Bréfritari: Aðalbjartur Bjarnason (Albert Arnason)
Dagsetning: A-1897-01-03
Skrifað á: Vesturheimi

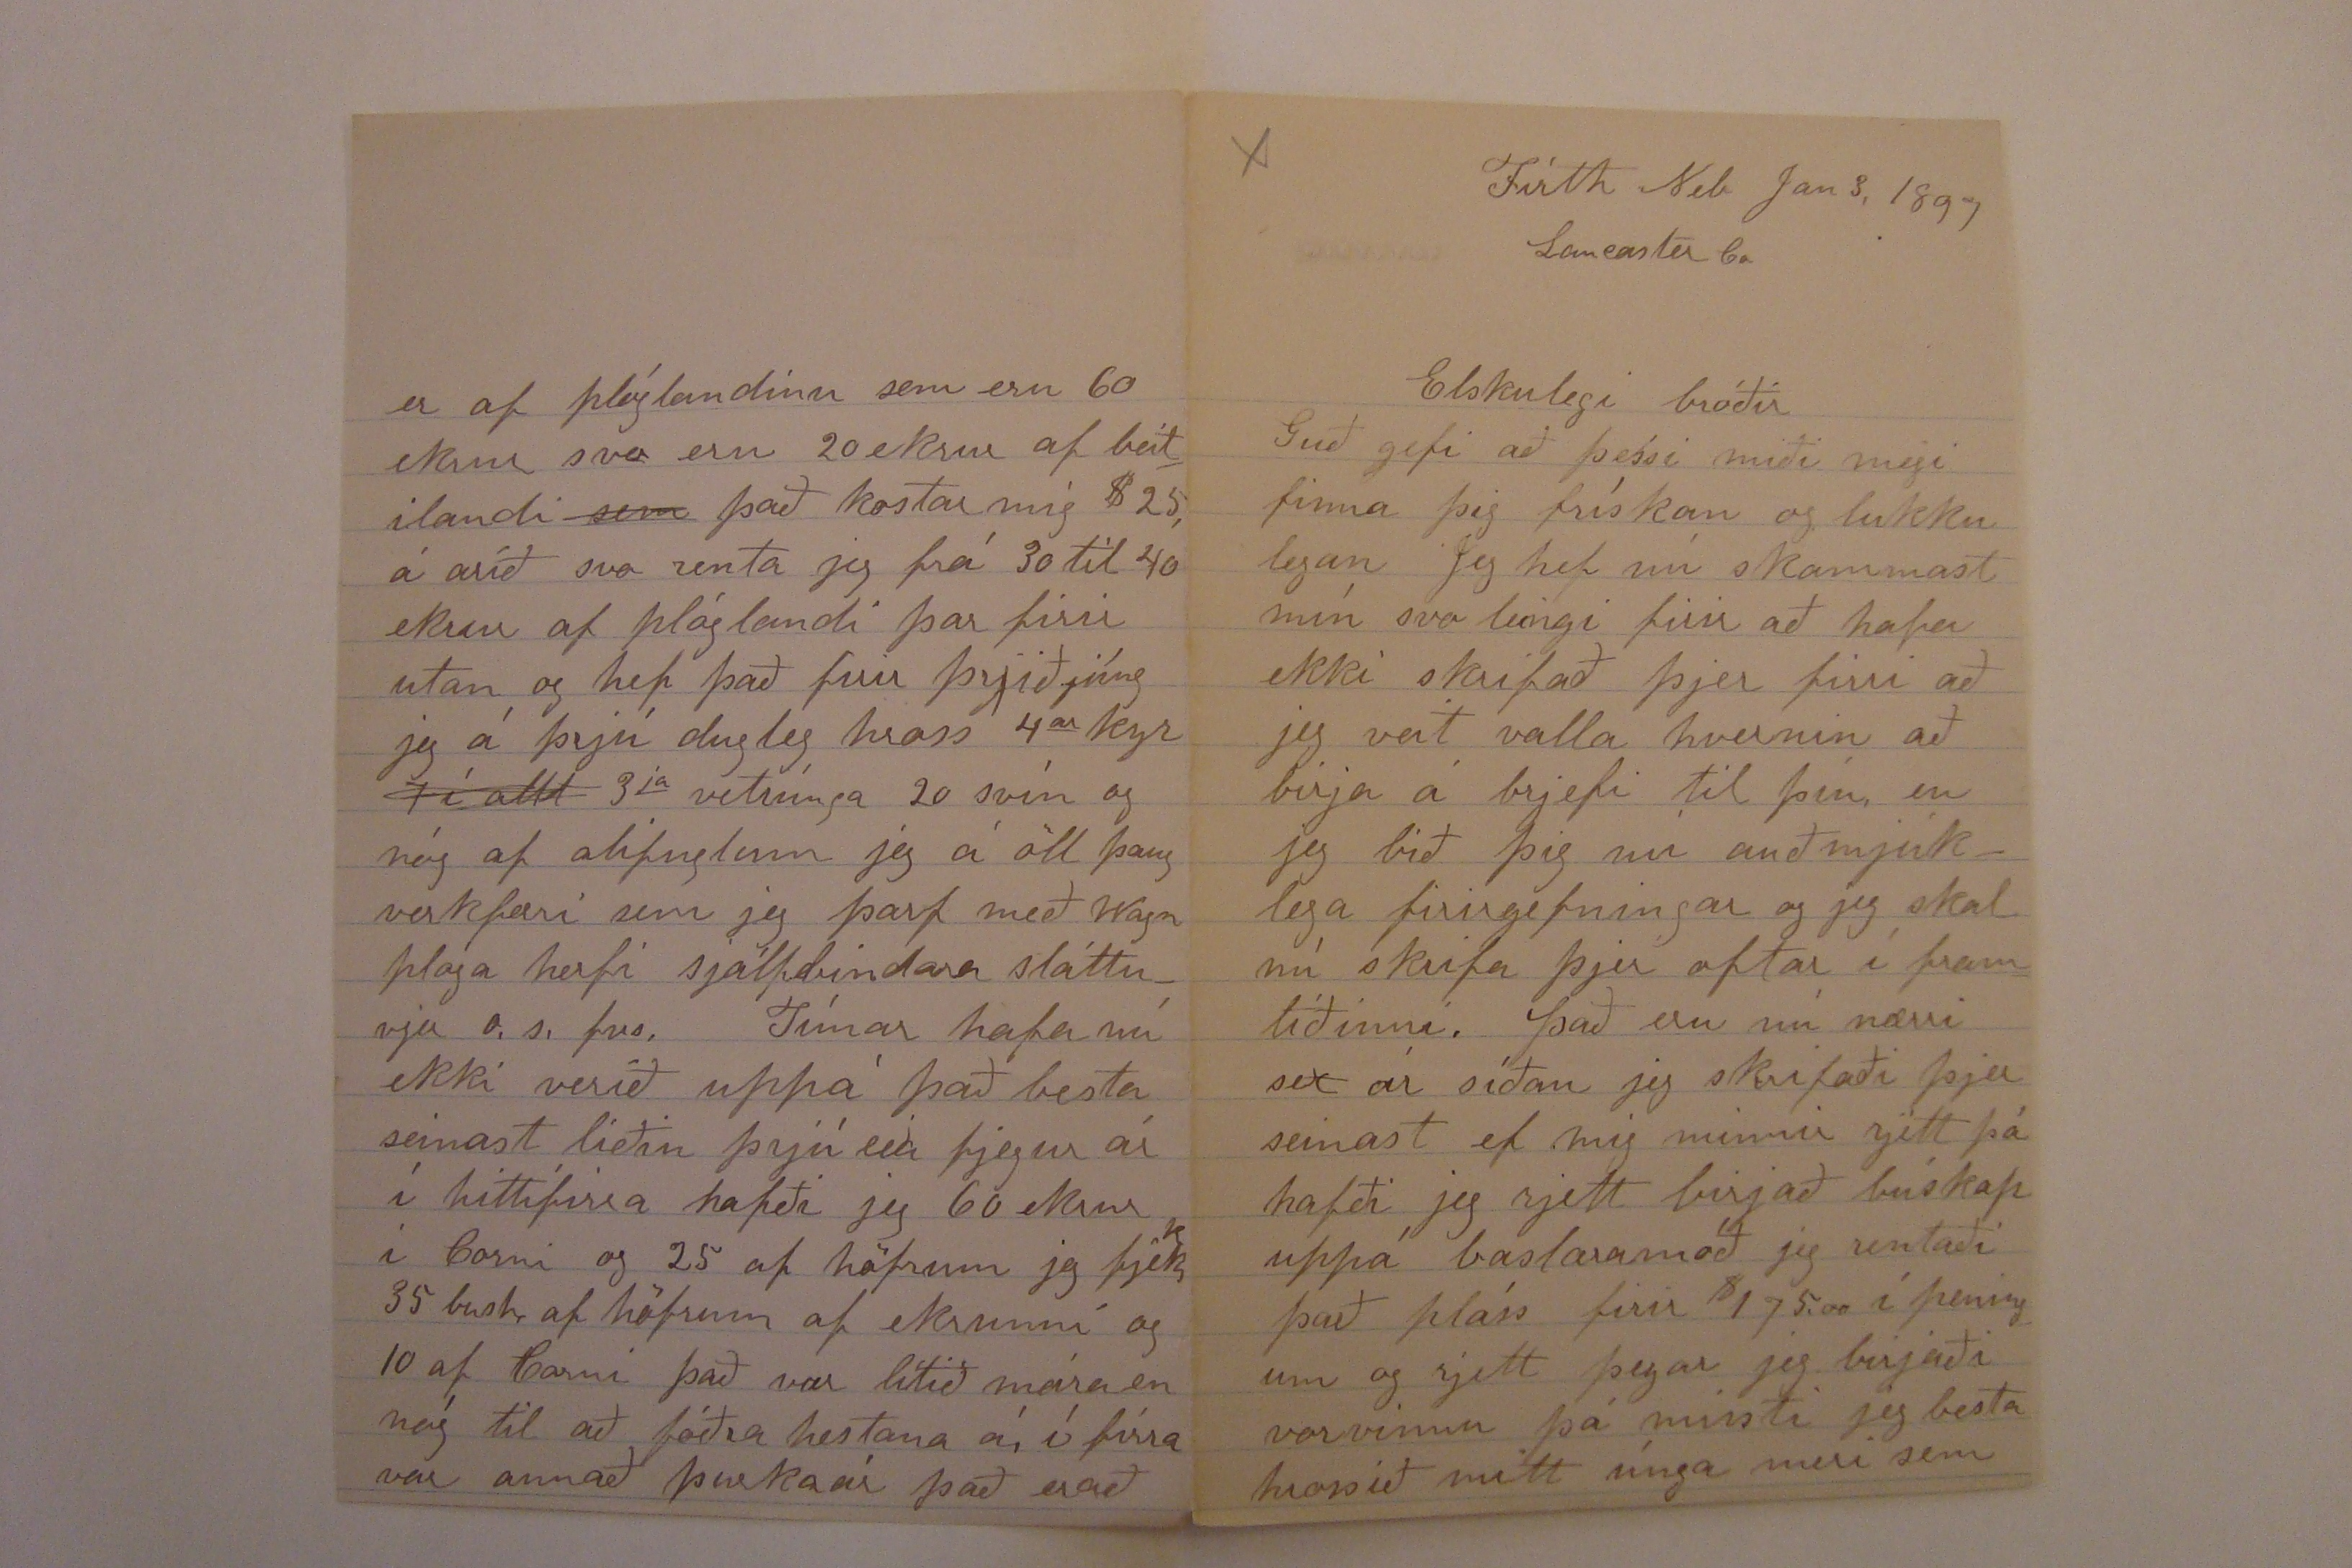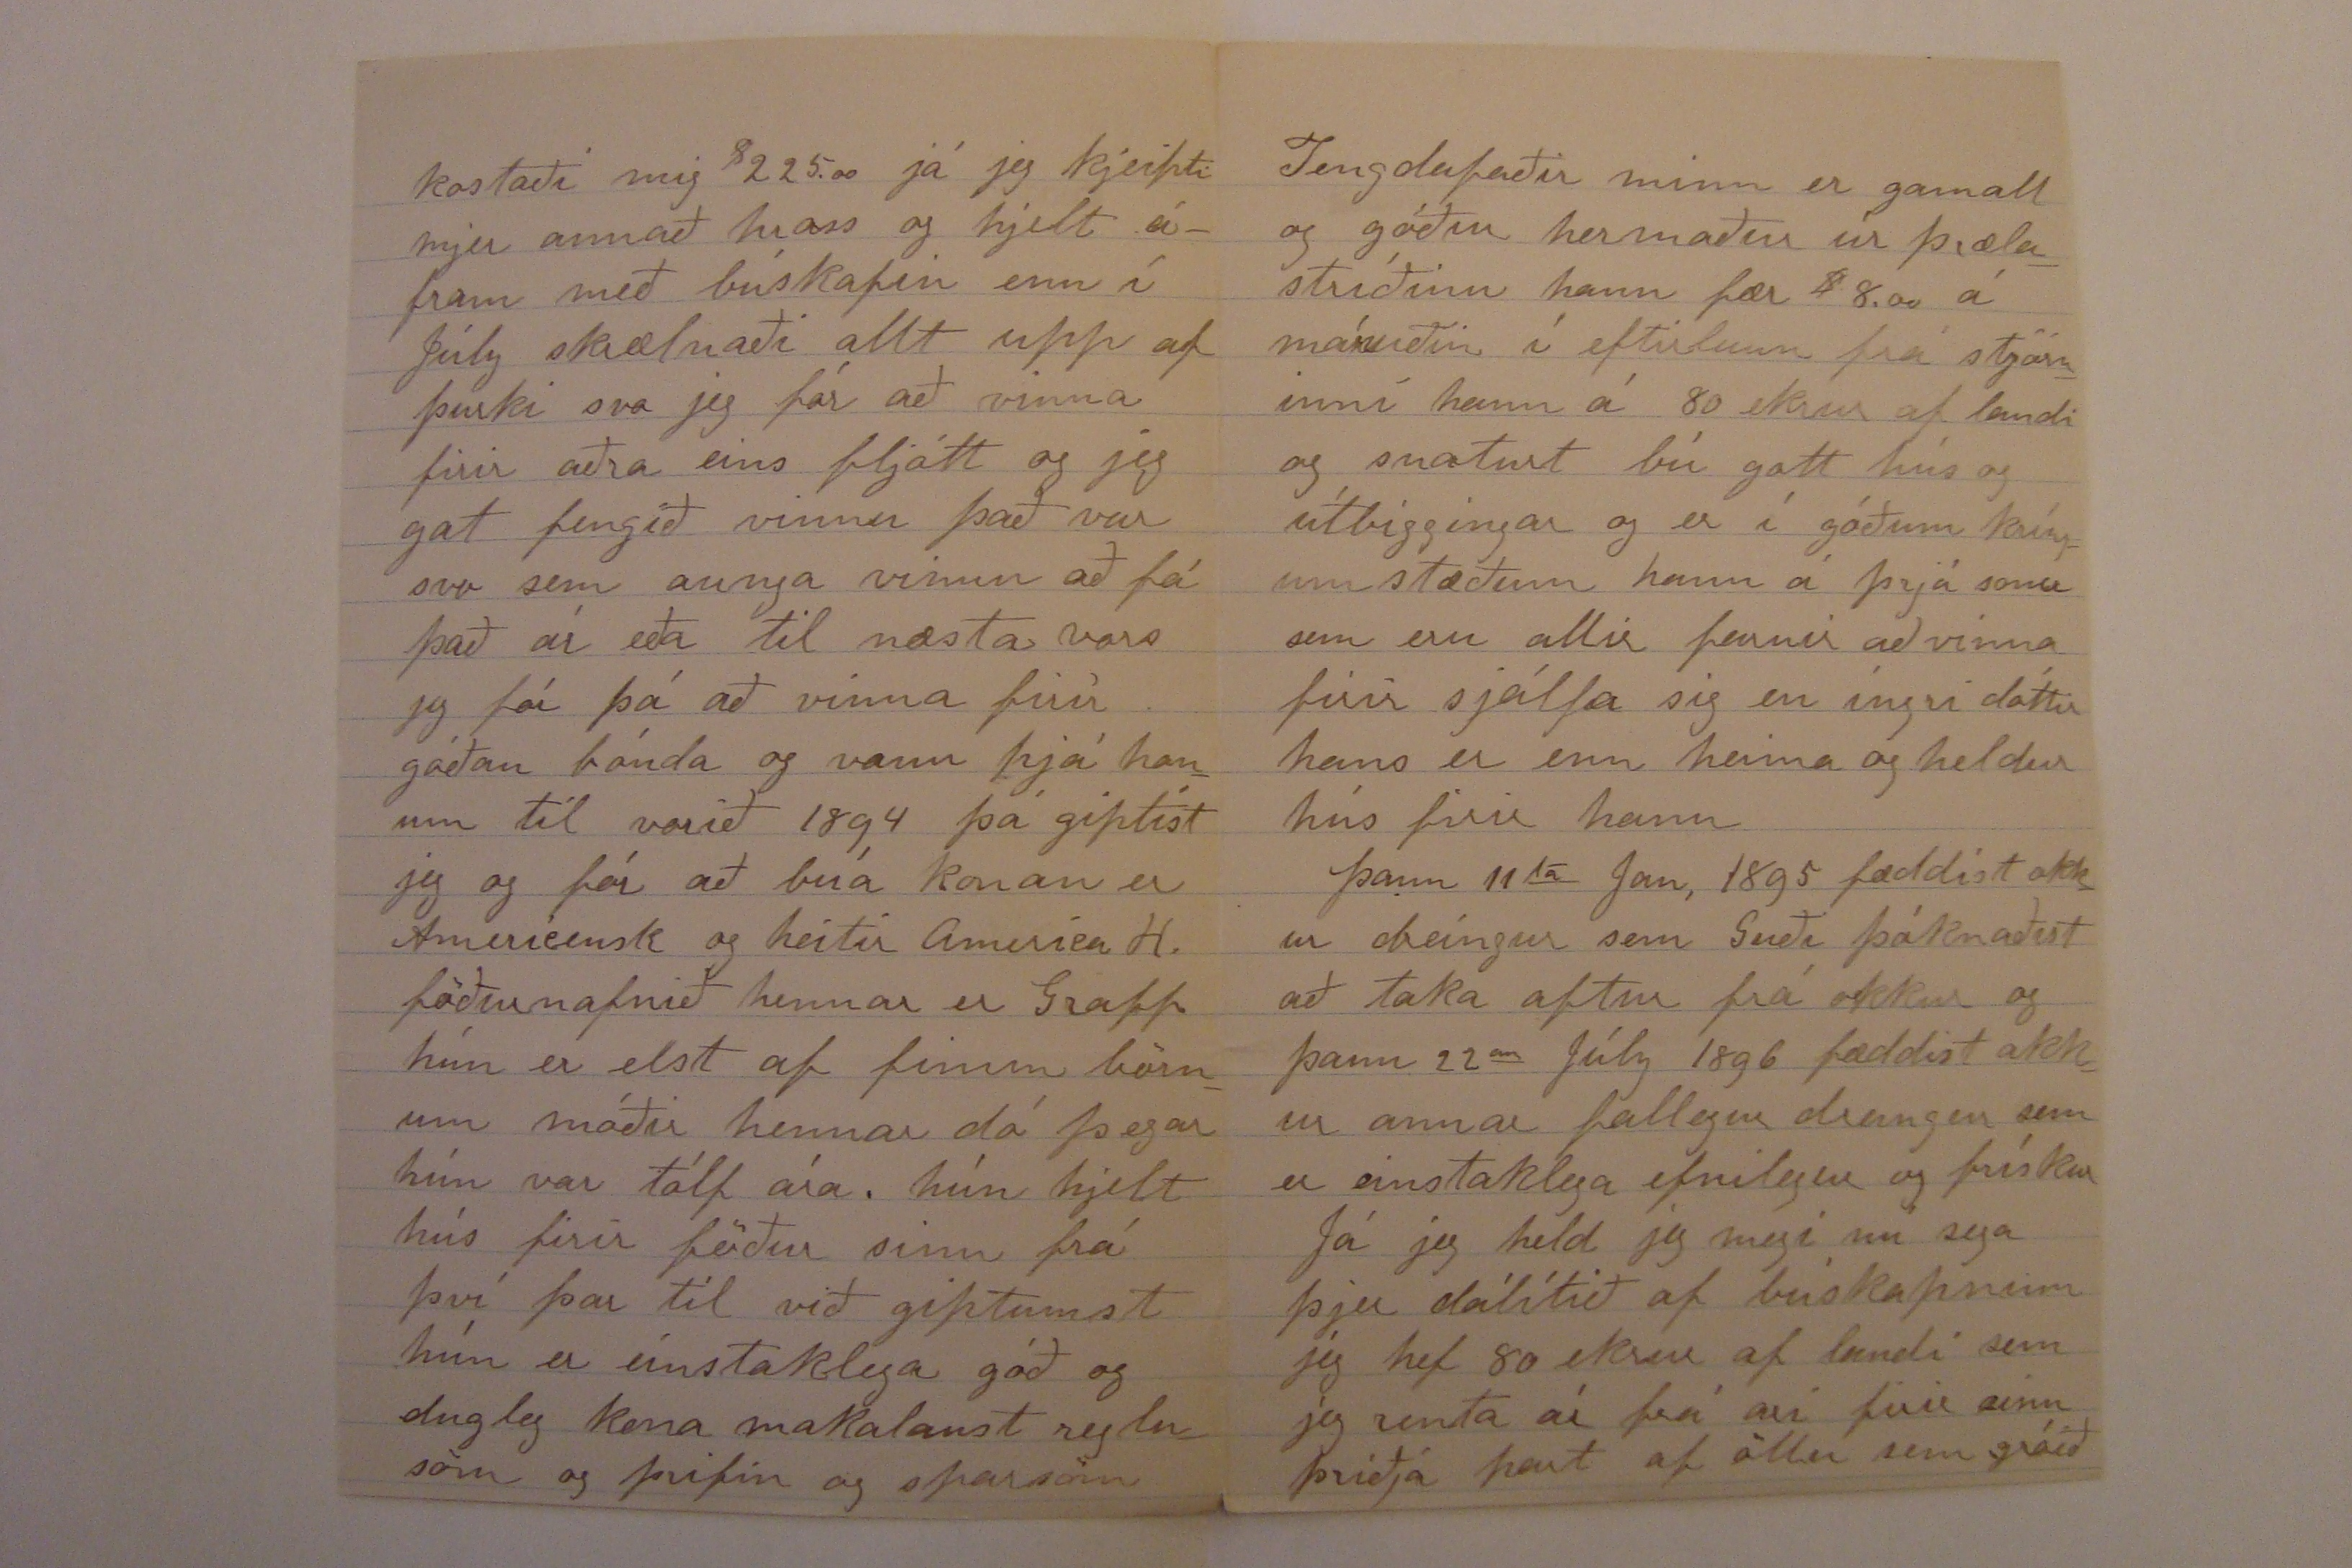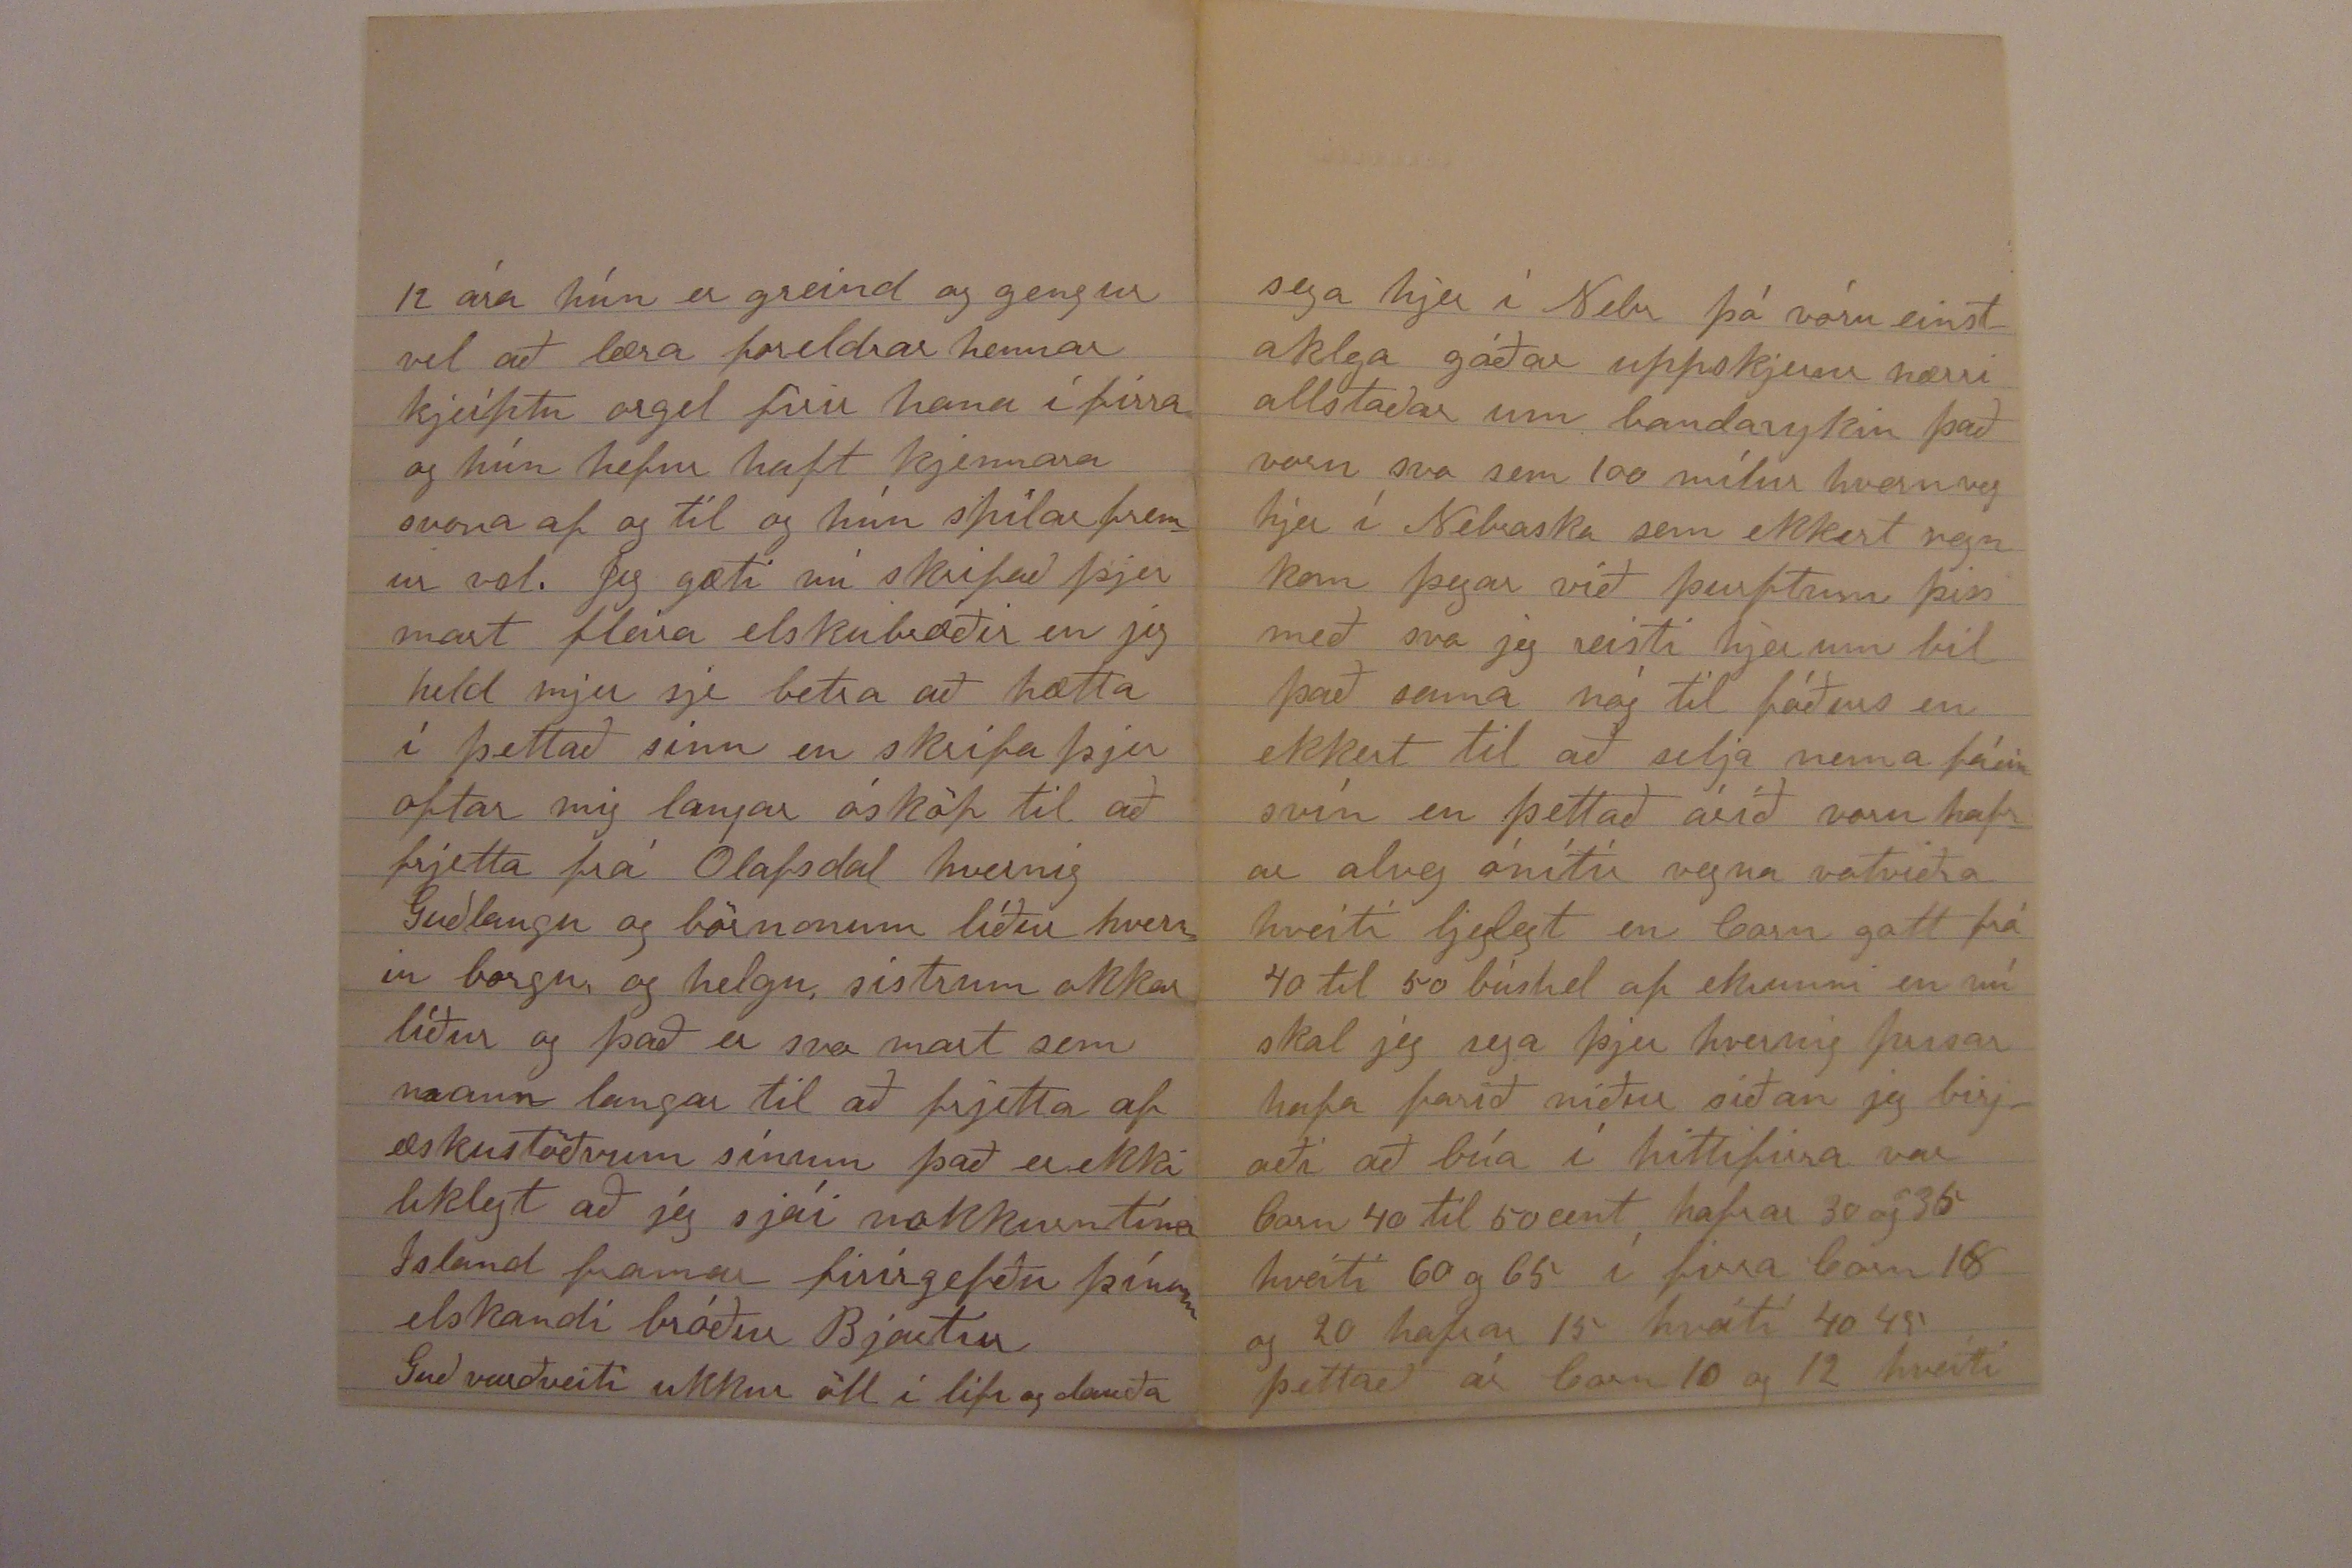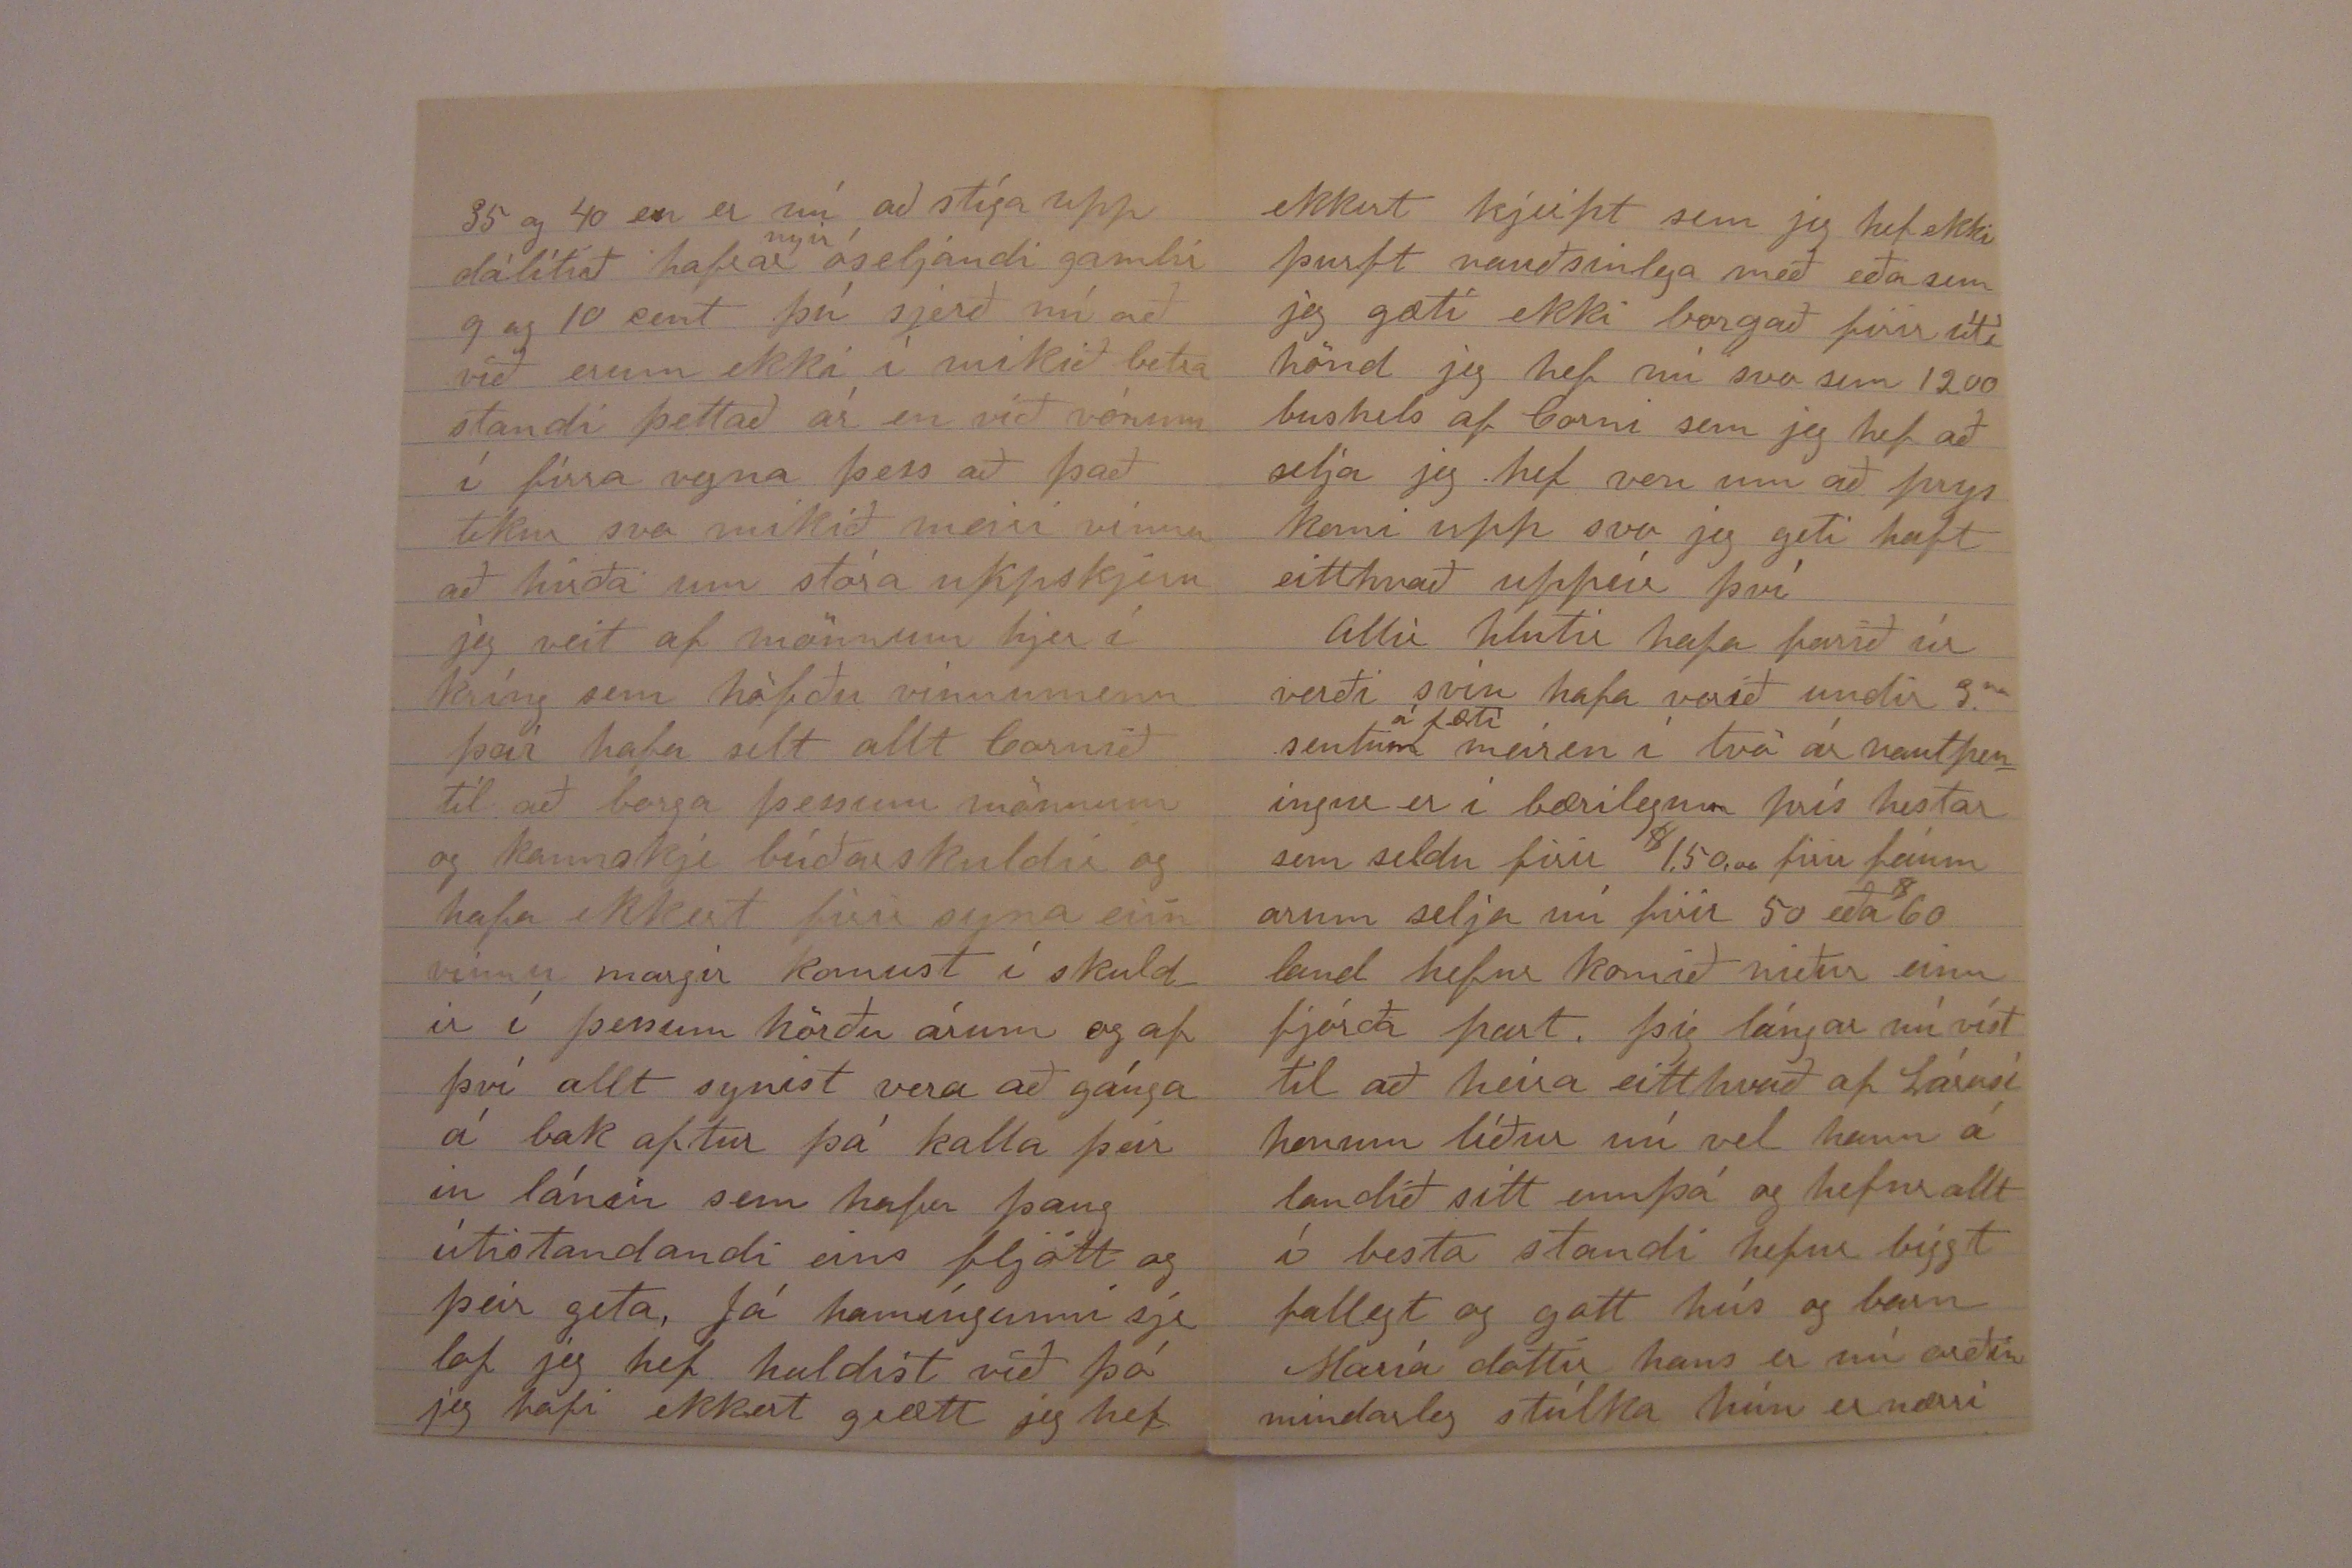

Firth Neb Jan 3, 1897 Lancaster Co
Elskulegi bróðir
Guð gefi að þessi miði meji finna þig frískan og lukkulegan Jeg hef nú skammast mín svo leingi firir að hafa ekki skrifað þjer firri að jeg veit valla hvernin að birja á brjefi til þín, en jeg bið þig nú auðmjúklega firirgefningar og jeg skal nú skrifa þjer optar í framtíðinni. það eru nú nærri sex ár síðan jeg skrifaði þjer seinast ef mig minnir rjett þá hafði jeg rjett birjað búskap uppá baslaramóð jeg rentaði það pláss firr
$
175.00 í peningum og rjett þegar jeg birjaði var vorvinnu þá missti jeg besta hrossið mitt únga meri sem
kostaði mig
$
225.00 já jeg kjeipti mjer annað hross og hjelt áfram með búskapin enn í Júly skrælnaði allt upp af þurki svo jeg fór að vinna firir aðra eins fljótt og jeg gat fengið aðra vinnu það var svo sem aunga vinnu að fá það ár eða til næsta vors jeg fór þá að vinna firir góðan bónda og vann hjá honum til vorið 1894 þá giptist jeg og fór að búa konan er Amerícensk og heitir America H. föðurnafnið hennar er Graff hún er elst af fimm börnum móðir hennar dó þegar hún var tólf ára hún hjelt hús firir föður sinn frá því þar til við giptumst hún er einstaklega góð og dugleg kona makalaust reglusöm og þrifin og sparsöm
Tengdafaðir minn er gamall og góður hermaður úr þrælastríðinu hann fær
$
8.00 á mánuðin í eptirlaun frá stjórninni hann á 80 ekrur af landi og snoturt bú gott hús og útbiggingar og er í góðum kríngumstæðum hann á þjrá sonu sem eru allir farnir að vinna firir sjálfa sig en íngri dóttir hans er enn heima og heldur hús firir hann
þann 11
ta
Jan, 1895 fæddist okkur dreingur sem Guði þóknaðist að taka aptur frá okkur og þann 22
an
Júly 1896 fæddist okkur annar fallegur dreingur sem er einstaklega efnilegur og frískur
Já jeg held jeg megi nú sega þjer dálítið af búskapnum jeg hef 80 ekrur af landi sem jeg renta ár frá ari firir einn þriðja part af ölu sem gróið
er af plóglandinu sem eru 60 ekrur svo eru 20 ekrur af beitilandi
sem
það kostar mig
$
25 á arið svo renta jeg frá 30 til 40 ekrur af plóglandi þar firir utan og hef það firir þrjiðjúng jeg á þrjú dugleg hross 4
ar
kyr
7 í allt
3
ja
vetrúnga 20 svín og nóg af alífuglum jeg á öll þaug verkfæri sem jeg þarf með Wagn plóga herfi sjálfbindara slúttvjel o.s.frv. Tímar hafa nú ekki verið uppá það besta seinast liðin þrjú eða fjegur ár í hittifirra hafði jeg 60 ekrur í korni og 25 af höfrum jeg fjek
k
35
busl
af höfrum af ekrunni og 10 af korni það var lítið meira en nóg til að fóðra hestana á, í firra var annað þurkaár það er að
sega hjer í Nebr þá vóru einstaklega góðar uppskjerur nærri allstaðar um bandarikjin það voru svo sem 100 mílur hvern veg hjer í Nebraska sem ekkert regn kom þegar við þurptum þess með svo jeg reiti hjer um bil það sama nóg til fóðurs en ekkert til að selja nema fáein svín en þettað árið voru hafrar alveg ónítir vegna votviðra hveiti ljelegt en korn gott frá 40 til 50 búshel af ekrunni en nú skal jeg sega þjer hvernig prisar hafa farið niður síðan jeg birjaði að búa í hittifirra var korn 40 til 50 cent hafrar 30 og 35 hveiti 60 og 65 í firra korn 18 og 20 hafrar 15 hveiti 40 45 þetta ár korn 10 og 12 hveiti
35 og 40 er nú að stíga upp dálítið hafrar
nyir
óseljandi gamlir 9 og 10 cent þú sjerð nú að við erum ekki í mikið betra standi þettað ár en við vórum í firra vegna þess að það tekur svo mikið meiri vinnu að hirða um stóra uppskjeru jeg veit af mönnum hjer í kríng sem höfðu vinnumenn þeir hafa selt allt kornið til að borga þessum mönnum og kannskje búðarskuldir og hafa ekkert firir sijna eiin vinnu margir komust í skuldir í þessum hörðu árum og af því allt synist vera að gánga á bak aptur þá kalla þeir in lánin sem hafa þaug útistandandi eins fljótt og þeir geta, Já hamíngunni sje lof jeg hef haldist við þó jeg hafi ekkert grætt jeg hef
ekkert kjeipt sem jeg hef ekki þurft nauðsinlega með eða sem jeg gæti ekki borgað firir útí hönd jeg hef nú svo sem 1200 bushels af korni sem jeg hef að selja jeg hef von um að prijs komi upp svo jeg geti haft eitthvað uppúr því
Allir hlutir hafa farið úr verði svín hafa verið undir 3
ur
sentum
á fæti
meir en í tvö ár nautpeningur er í bærilegum prís hestar sem seldu firir
$
1.50,00 firir fáum arum selja nú firir 50 eða
$
60 land hefur komið niður einn fjórða part. þig lángar nú víst til að heira eitthvað af Lárusi honum líður nú vel hann á landið sitt ennþá og hefur allt í besta standi hefur biggt fallegt og gott hús og barn María dóttir hans er nú orðin mindarleg stúlka hún er nærri
12 ára hún er greind og gengur vel að læra forldrar hennar kjeiptu orgel firir hana í firra og hún hefur haft kjennara svona af og til og hún spilar fremur vel. Jeg gæti nú skrifað þjer mart fleira elsku bróðir en jeg held mjer sje betra að hætta í þettað sinn en skrifa þjer optar mig langar ósköp til að frjetta frá Olafsdal hvernig Guðlaugu og börnonum líður hvernin borgu og helgu sistrum okkar líður og þar svo mart sem mann langar til að frjetta af æskustöðvum sínum það er ekki liklegt að jeg sjái nokkurn tíma Island framar firirgefðu þínum elskandi bróður Bjartur
Guð varðveiti ukkur öll í lífi og dauða